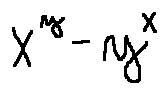
x ^ { y } - y ^ { x }